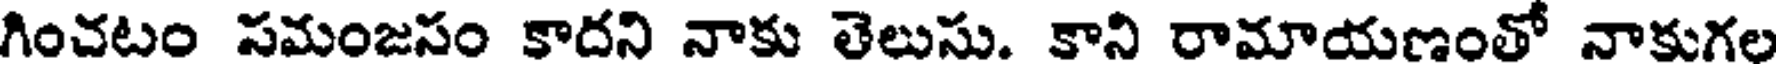
గించటం సమంజసం కాదని నాకు తెలుసు. కాని రామాయణంతో నాకుగల